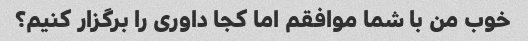
خوب من با شما موافقم اما کجا داوری را برگزار کنیم؟